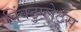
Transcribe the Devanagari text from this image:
क्विंटुप्लेट्स